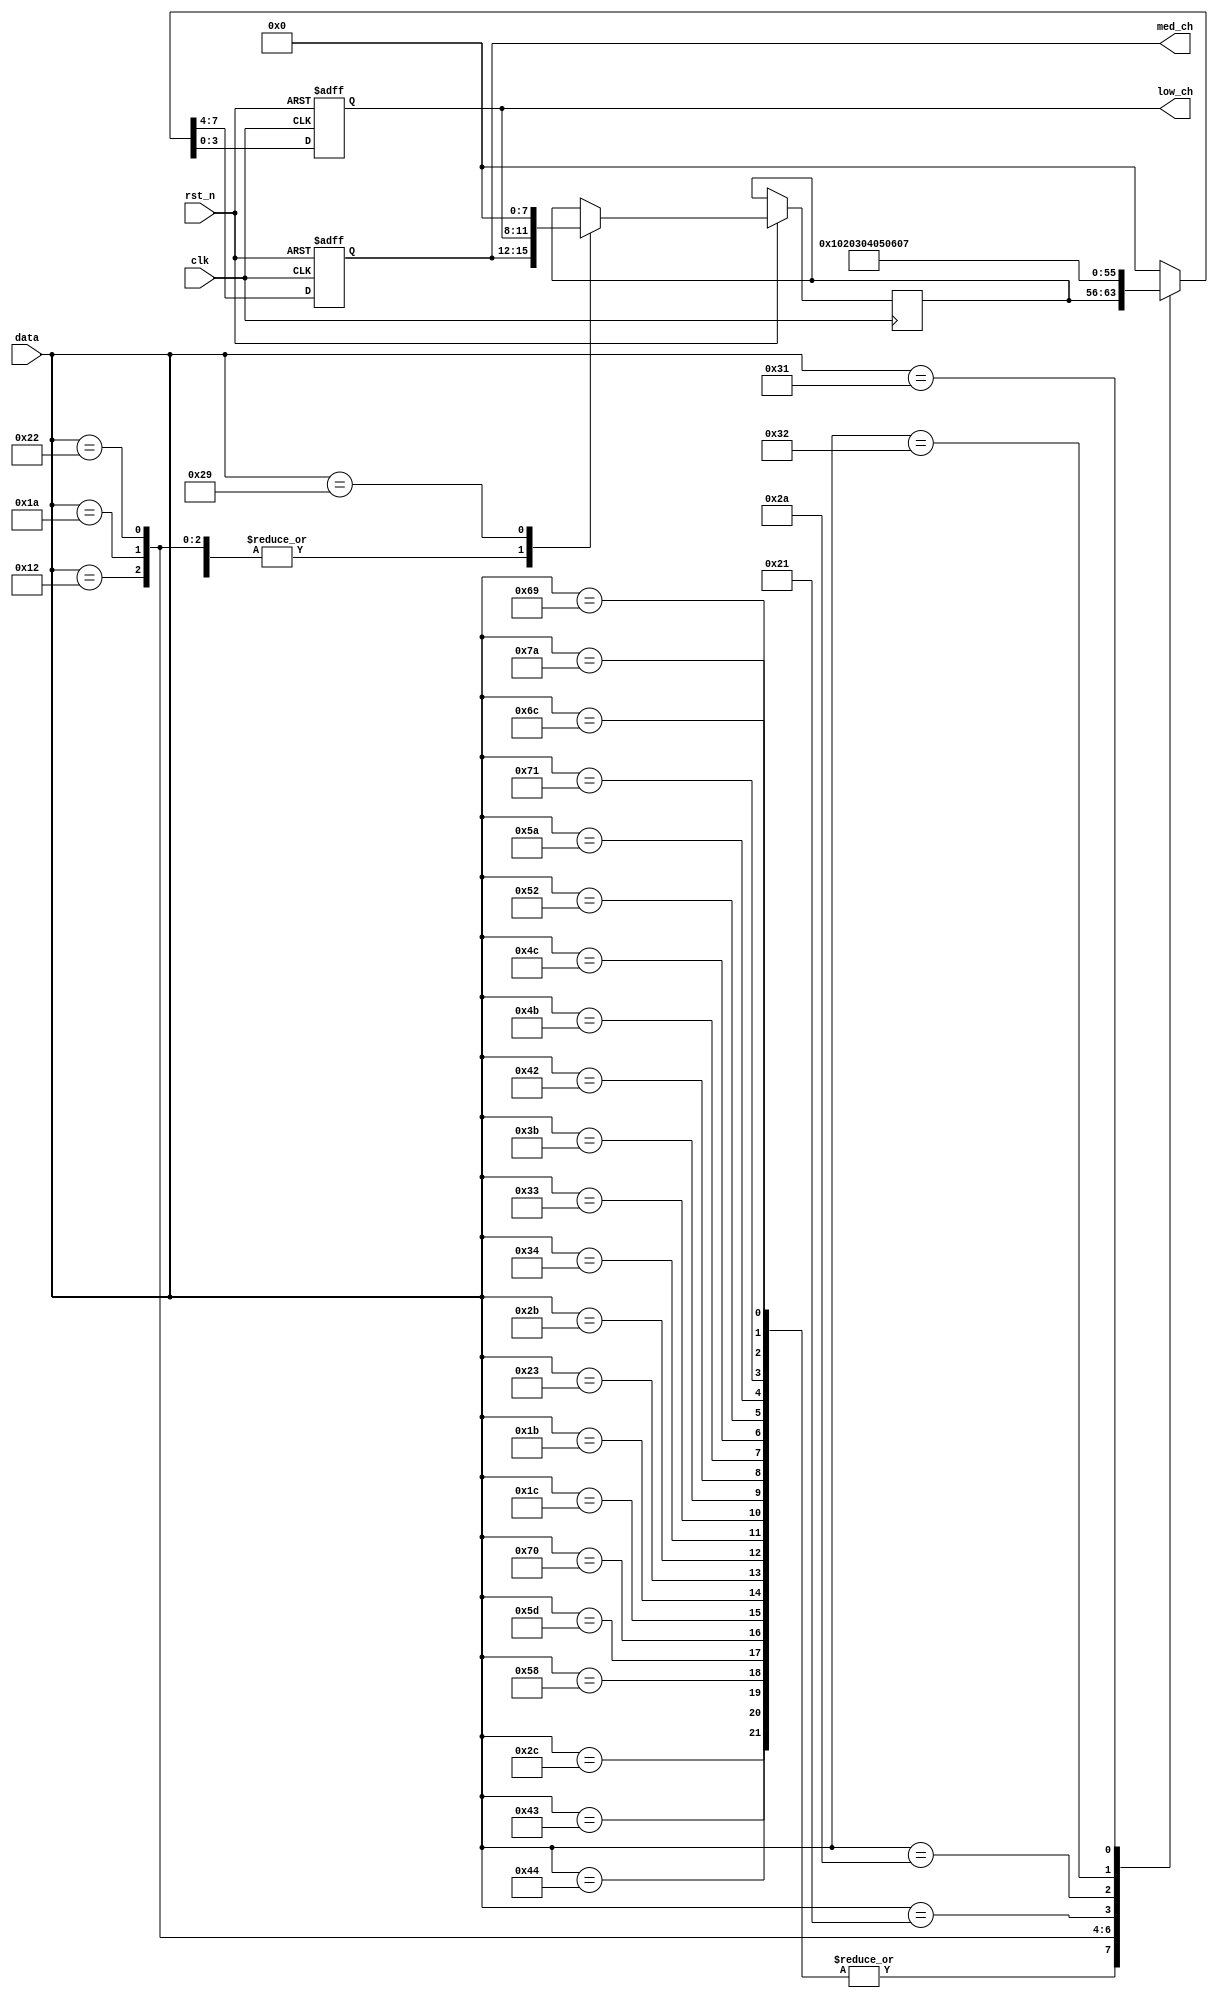
`timescale 1ns / 1ps

module ToneFromKB_Chorus(
	input clk,
	input rst_n,
	input [7:0]data,
	output reg [3:0] med_ch,
	output reg [3:0] low_ch
    );
reg [7:0] hold;

always @ (posedge clk or negedge rst_n) 
begin
	 if(~rst_n)
	 begin
		 {med_ch,low_ch} <= 8'h0;
	 end
    else begin
	 case (data)   
       //
		 
       8'h2c: {med_ch,low_ch} <= hold;
       8'h43: {med_ch,low_ch} <= hold;
       8'h44: {med_ch,low_ch} <= hold;
       8'h58: {med_ch,low_ch} <= hold;
		 8'h5D: {med_ch,low_ch} <= hold;
		 8'h70: {med_ch,low_ch} <= hold;
     
	    //
           
       8'h1c: {med_ch,low_ch} <= hold;
       8'h1b: {med_ch,low_ch} <= hold;
       8'h23: {med_ch,low_ch} <= hold;
       8'h2b: {med_ch,low_ch} <= hold;
       8'h34: {med_ch,low_ch} <= hold;
       8'h33: {med_ch,low_ch} <= hold;
       8'h3b: {med_ch,low_ch} <= hold;
       8'h42: {med_ch,low_ch} <= hold;
       8'h4b: {med_ch,low_ch} <= hold;
		 8'h4c: {med_ch,low_ch} <= hold;
		 8'h52: {med_ch,low_ch} <= hold;
       8'h5a: {med_ch,low_ch} <= hold;
		 8'h71: {med_ch,low_ch} <= hold;
		 8'h69: {med_ch,low_ch} <= hold;
       8'h7A: {med_ch,low_ch} <= hold;
		 8'h6C: {med_ch,low_ch} <= hold;
		 
		 
       //
       8'h12: 
		 begin
		 {med_ch,low_ch} <= 8'h01;    //L SHFT
       hold <= {med_ch,low_ch};
		 end
		 8'h1a: 
		 begin
		 {med_ch,low_ch} <= 8'h02;   //Z
		 hold <= {med_ch,low_ch};
		 end
       8'h22: 
		 begin
		 {med_ch,low_ch} <= 8'h03;   //X
       hold <= {med_ch,low_ch};
		 end
		 8'h21: 
		 begin
		 {med_ch,low_ch} <= 8'h04;   //C
       hold <= {med_ch,low_ch};
		 end
		 8'h2a: 
		 begin
		 {med_ch,low_ch} <= 8'h05;   //V
       hold <= {med_ch,low_ch};
		 end
		 8'h32: 
		 begin
		 {med_ch,low_ch} <= 8'h06;   //B
       hold <= {med_ch,low_ch};
		 end
		 8'h31: 
		 begin
		 {med_ch,low_ch} <= 8'h07;   //N
       hold <= {med_ch,low_ch};
		 end
		 
		 8'h29:
		 begin
		 {med_ch,low_ch} <= 8'h00;   //SPACE
       hold <= 8'h00;
		 end
		 
       default: 
		 begin
		 {med_ch,low_ch} <= 8'h00;
		 end
		 endcase
		 end
end

endmodule